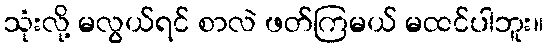
သုံးလို့ မလွယ်ရင် စာလဲ ဖတ်ကြမယ် မထင်ပါဘူး။